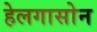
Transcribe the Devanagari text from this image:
हेलगासोन